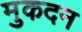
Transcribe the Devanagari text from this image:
मुकदन